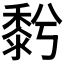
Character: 𪏱